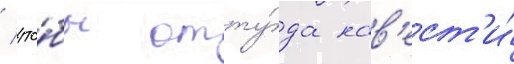
/ что́бы отту́да нав'ест'и́